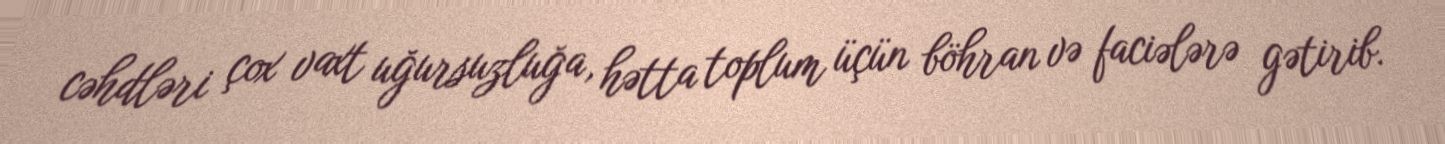
cəhdləri çox vaxt uğursuzluğa, hətta toplum üçün böhran və faciələrə gətirib.